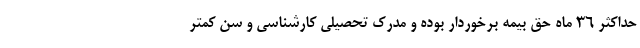
حداکثر ۳۶ ماه حق بیمه برخوردار بوده و مدرک تحصیلی کارشناسی و سن کمتر